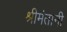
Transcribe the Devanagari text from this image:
श्रीमंतानी